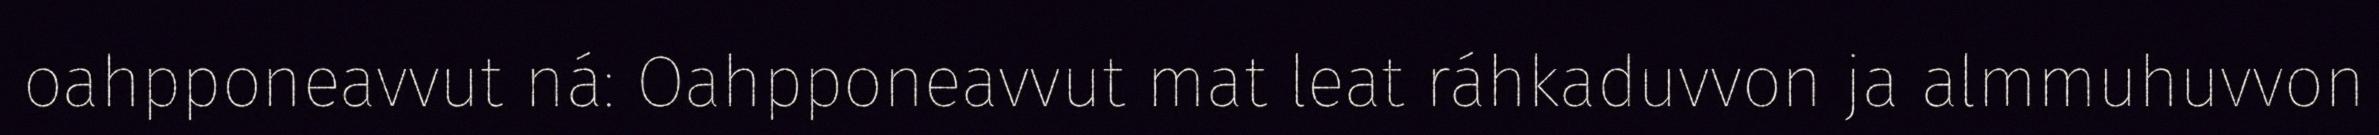
oahpponeavvut ná: Oahpponeavvut mat leat ráhkaduvvon ja almmuhuvvon